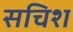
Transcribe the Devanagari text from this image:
सचिश